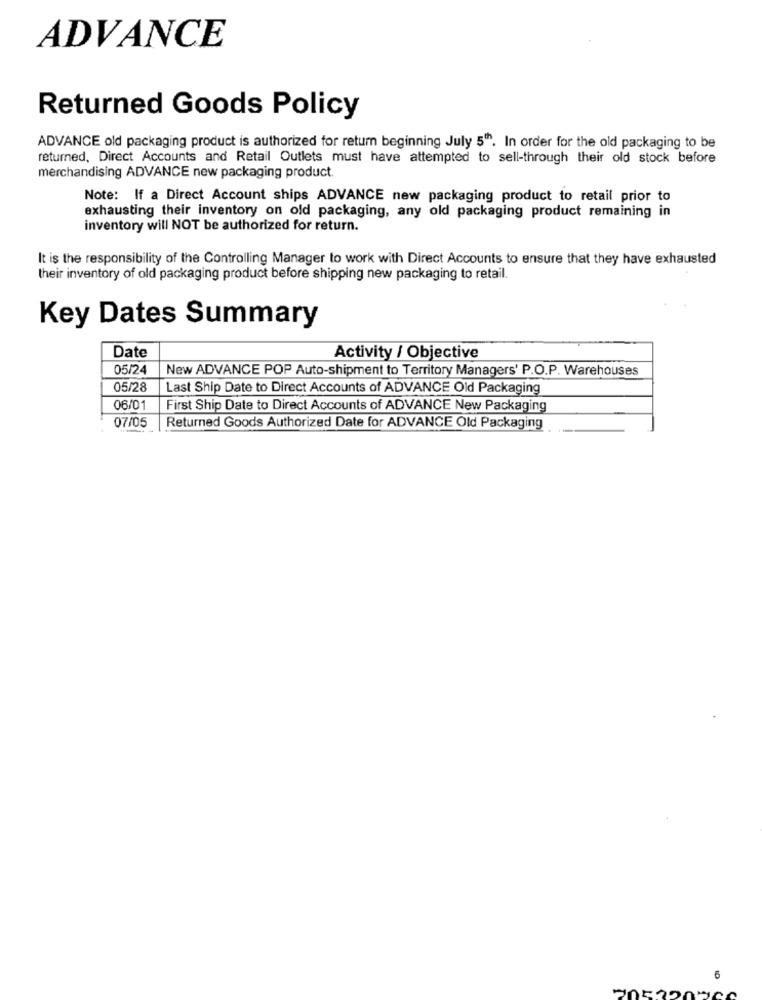
ADVANCE
Returned Goods Policy
ADVANCE old packaging product is authorized for retum beginning July 5". In order for the old packaging to be
returned, Direct Accounts and Retail Outlets must have attempted to sell-through their old stock before
merchandising ADVANCE new packaging product.
Note: If a Direct Account ships ADVANCE new packaging product to retail prior to
exhausting their inventory on old packaging, any old packaging product remaining in
inventory will NOT be authorized for return.
It is the responsibility of the Controlling Manager to work with Direct Accounts to ensure that they have exhausted
their inventory of old packaging product before shipping new packaging to retail.
Key Dates Summary
Date
Activity / Objective
05/24
New ADVANCE POP Auto-shipment to Territory Managers' P.O.P. Warehouses
05/28
Last Ship Date to Direct Accounts of ADVANCE Old Packaging
06/01
First Ship Date to Direct Accounts of ADVANCE New Packaging
07/05
Returned Goods Authorized Date for ADVANCE Old Packaging
6